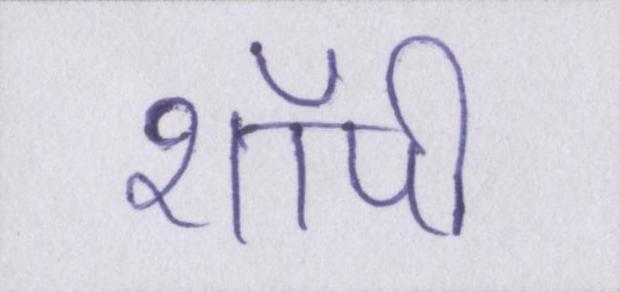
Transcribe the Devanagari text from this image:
शॉपी